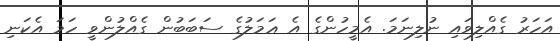
އަހަރު ގެއްލިވައި ނުލިނަމަ. އެމީހުންގެ އެ ޢަމަލުގެ ސަބަބުން ގެއްލުންވީ ހަމަ އެކަނި